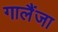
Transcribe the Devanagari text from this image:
गालैंजा